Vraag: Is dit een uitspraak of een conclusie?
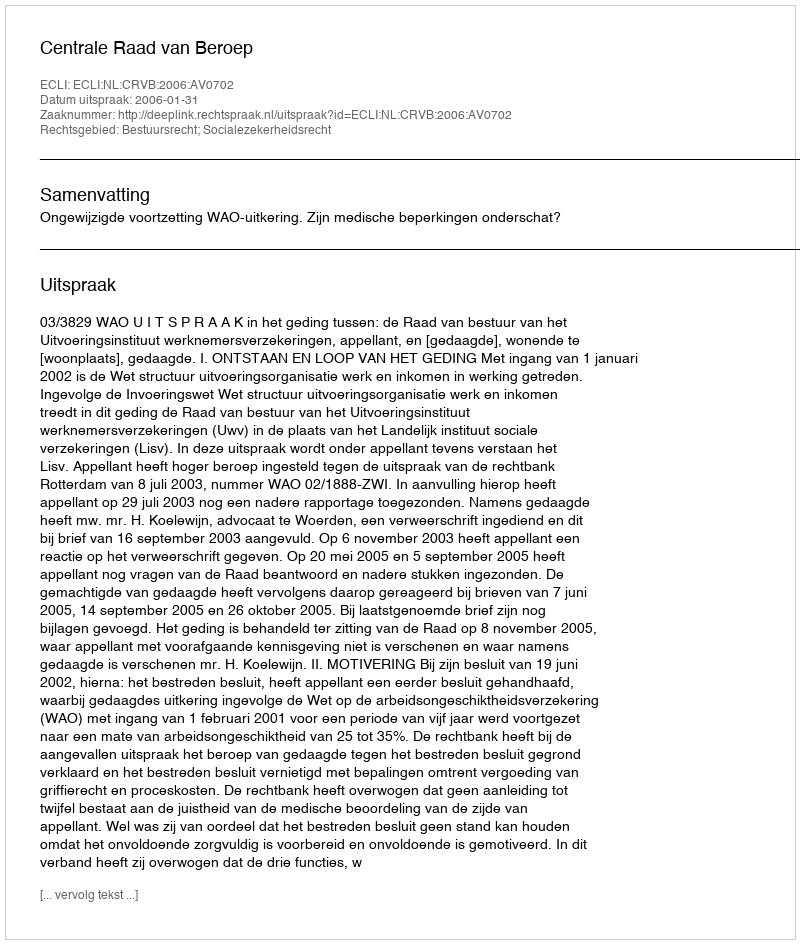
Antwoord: Uitspraak